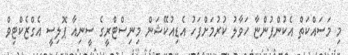
މި މަސައްކަތް އެކުންފުންޏާ ހަވާލު ކުރުމަށްފަހު އެޑިއުކޭޝަން މިނިސްޓްރީގެ ސީނިއާ ޕޮލިސީ އެގްޒެކްޓިވް